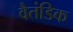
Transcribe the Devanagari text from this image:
वैतंडिक